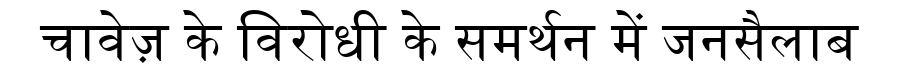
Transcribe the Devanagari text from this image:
चावेज़ के विरोधी के समर्थन में जनसैलाब